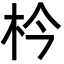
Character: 枔